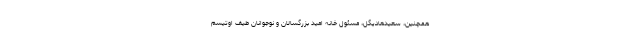
همچنین، سعید‌هادیگل، مسئول خانه امید بزرگسالان و نوجوانان طیف اوتیسم